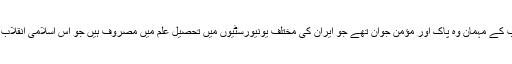
ولایت پورٹل: رپورٹ کے مطابق کل شام افطار میں رہبر انقلاب کے مہمان وہ پاک اور مؤمن جوان تھے جو ایران کی مختلف یونیورسٹیوں میں تحصیل علم میں مصروف ہیں جو اس اسلامی انقلاب کا مستقبل،ایران کی امید اور ملک کی سربلندی کی ضمانت ہے۔